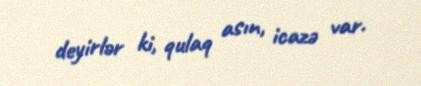
deyirlər ki, qulaq asın, icazə var.